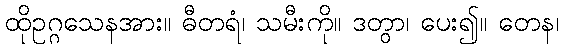
ထိုဥဂ္ဂသေနအား။ ဓီတရံ၊ သမီးကို။ ဒတွာ၊ ပေး၍။ တေန၊